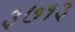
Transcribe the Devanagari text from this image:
३७१३